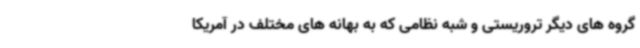
گروه های دیگر تروریستی و شبه نظامی که به بهانه های مختلف در آمریکا